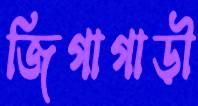
জিগাগাড়ী